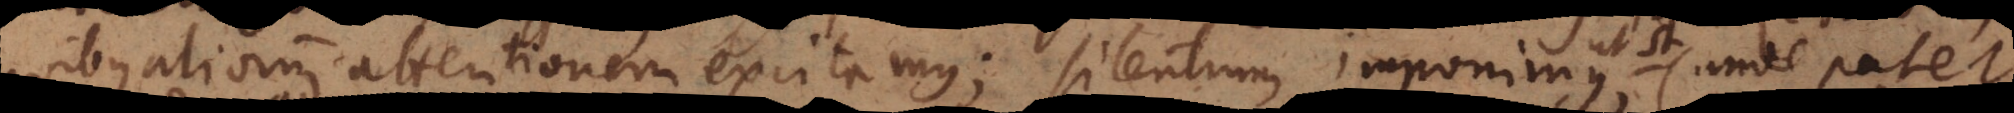
quibus aliorum attentionem excitamus; silentium imponimus (unde patet